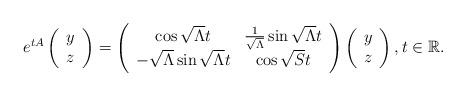
LaTeX: \begin{align*}e^{tA}\left(\begin{array}[c]{c}y\\ z\end{array}\right) =\left(\begin{array}[c]{cc}\cos\sqrt{{\Lambda}}t & \frac{1}{\sqrt{{\Lambda}}}\sin\sqrt{{\Lambda}}t\\-\sqrt{{\Lambda}}\sin\sqrt{{\Lambda}}t & \cos\sqrt{{S}}t\end{array}\right) \left(\begin{array} [c]{c}y\\z\end{array}\right) ,t\in\mathbb{R}.\end{align*}